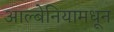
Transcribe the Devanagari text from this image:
आल्बेनियामधून